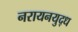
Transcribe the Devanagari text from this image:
नरायनयुद्ध